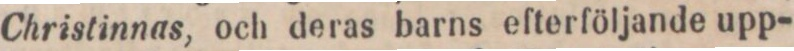
Christinnas, och deras barns efterföljande upp-